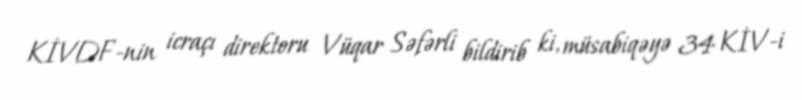
KİVDF-nin icraçı direktoru Vüqar Səfərli bildirib ki, müsabiqəyə 34 KİV-i